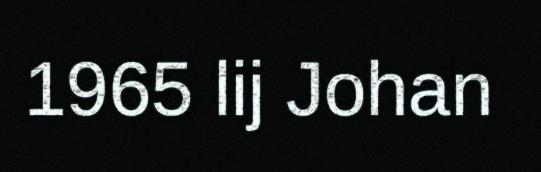
1965 lij Johan